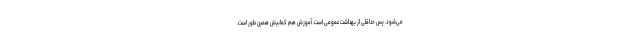
می‌شود. پس حداقلی از بهداشت عمومی است. آموزش هم کمابیش همین طور است.